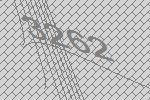
3262